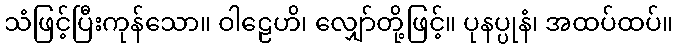
သံဖြင့်ပြီးကုန်သော။ ဝါဠေဟိ၊ လျှော်တို့ဖြင့်။ ပုနပ္ပုနံ၊ အထပ်ထပ်။